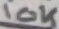
Text: 10K